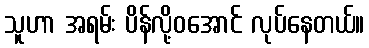
သူဟာ အရမ်း ပိန်လို့ဝအောင် လုပ်နေတယ်။